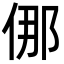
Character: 㑚